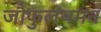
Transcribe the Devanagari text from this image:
जौफुलयमन